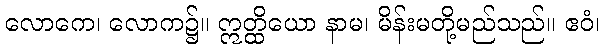
လောကေ၊ လောက၌။ ဣတ္ထိယော နာမ၊ မိန်းမတို့မည်သည်။ ဧဝံ၊